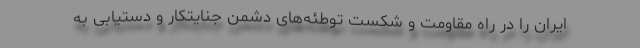
ایران را در راه مقاومت و شکست توطئه‌های دشمن جنایتکار و دستیابی به